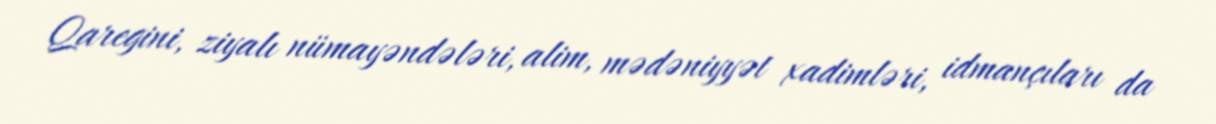
Qaregini, ziyalı nümayəndələri, alim, mədəniyyət xadimləri, idmançıları da